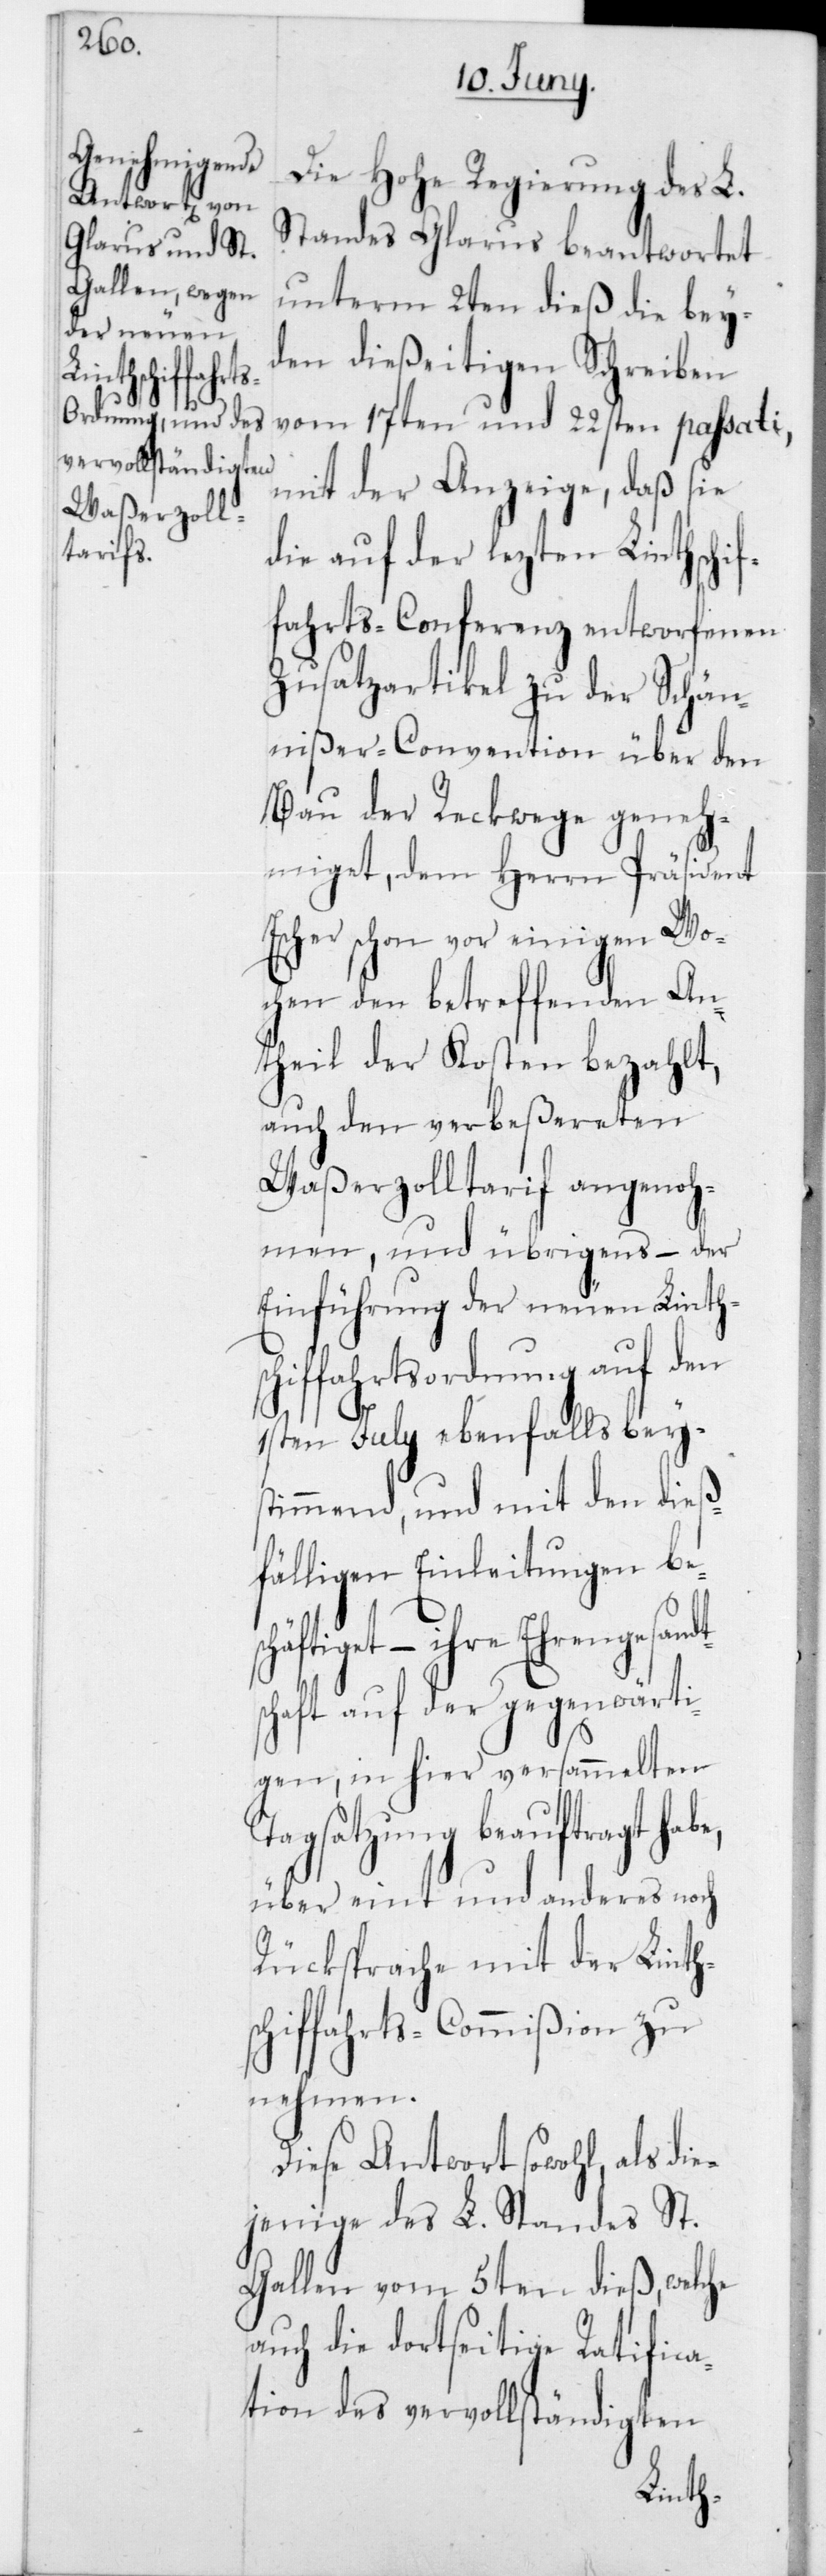
schi¬
–

Die Hohe Regierung des L.
Standes Glarus beantwortet
unterm 2ten dieß die bey¬
den dießeitigen Schreiben
vom 17ten und 22sten passati,
mit der Anzeige, daß sie
die auf der lezten Linthschif¬
fahrts-Conferenz entworfenen
Zusatzartikel zu der Schä¬
nißer-Convention über den
Bau der Reckwege geneh¬
miget, dem Herrn Präsident
scher schon vor einigen Wo¬
chen den betreffenden An¬
theil der Kosten bezahlt,
auch den verbeßereten
Waßerzolltarif angenoh¬
men, und übrigens, – der
Einführung der neuen Linth¬
hiffahrtsordnung auf den
1sten July ebenfalls bey¬
stimmend, und mit den dieß¬
fälligen Einleitungen be¬
ihre Ehrengesandts¬
chaft auf der gegenwärti¬
gen, in hier versammelten
Tagsatzung beauftragt habe,
über eint und anderes noch
Rücksprache mit der Linth¬
fffahrts-Commißion zu
nehmen.
Diese Antwort sowohl, als di¬
ejenige des L. Standes St.
Gallen vom 5ten dieß, welche
auch die dortseitige Rathifica¬
tion des vervollständigten